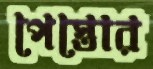
পেস্তোর